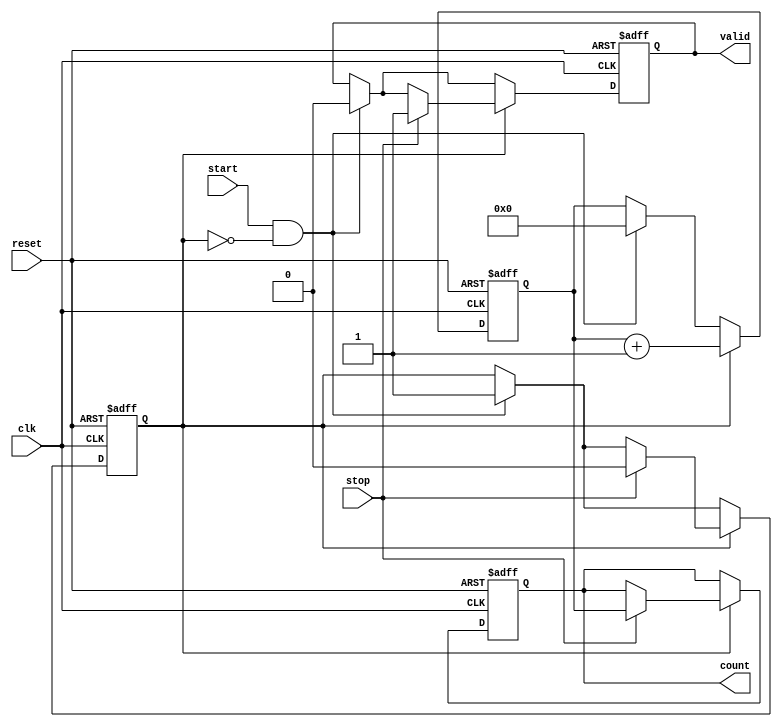
module TDC (
    input wire clk,          // Clock signal
    input wire reset,        // Asynchronous reset
    input wire start,        // START signal
    input wire stop,         // STOP signal
    output reg [15:0] count, // Output register for time interval count
    output reg valid         // Output signal to indicate valid count
);

    // Parameters
    parameter DELAY_ELEMENTS = 16; // Number of delay elements in the delay line
    parameter COUNT_WIDTH = 16;     // Width of the counter

    // Internal signals
    reg [COUNT_WIDTH-1:0] counter;  // Counter for clock cycles
    reg counting_active;             // Flag for counting state

    // Delay line instantiation (simple representation)
    reg [DELAY_ELEMENTS-1:0] delay_line [0:DELAY_ELEMENTS-1];
    
    // Control logic
    always @(posedge clk or posedge reset) begin
        if (reset) begin
            counter <= 0;
            count <= 0;
            valid <= 0;
            counting_active <= 0;
        end else begin
            // START signal detected
            if (start && !counting_active) begin
                counting_active <= 1; // Activate counting
                counter <= 0;         // Reset counter
                valid <= 0;           // Reset valid flag
            end
            
            // Count while START is active
            if (counting_active) begin
                counter <= counter + 1;
                // Stop counting on STOP signal
                if (stop) begin
                    count <= counter;   // Capture count value
                    valid <= 1;         // Indicate valid count
                    counting_active <= 0; // Deactivate counting
                end
            end
        end
    end

    // Delay line simulation (replace with actual delay elements as needed)
    generate
        genvar i;
        for (i = 0; i < DELAY_ELEMENTS; i = i + 1) begin : delay_line_gen
            always @(posedge clk) begin
                delay_line[i] <= delay_line[i-1]; // Chain of delays
            end
        end
    endgenerate

endmodule